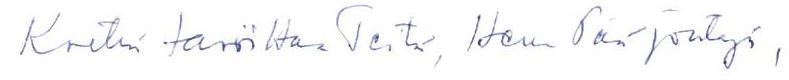
Koetin tavoittaa Teitä, Herra Pääjohtaja,